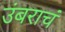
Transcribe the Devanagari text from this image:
उंबराचं